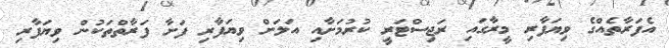
އެފަރާތެއްގެ ވިޔަފާރި މީރާގައި ރަޖިސްޓަރީ ކުރުމަށާއި އަލަށް ވިޔަފާރި ފަށާ ފަރާތްތަކުން ވިޔަފާރި